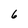
Character: 6